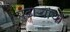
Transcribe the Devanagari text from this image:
पुढाऱ्यांचा